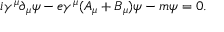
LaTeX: i \gamma ^ { \mu } \partial _ { \mu } \psi - e \gamma ^ { \mu } ( A _ { \mu } + B _ { \mu } ) \psi - m \psi = 0 .